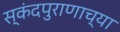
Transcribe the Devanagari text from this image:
स्कंदपुराणाच्या